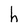
Character: h